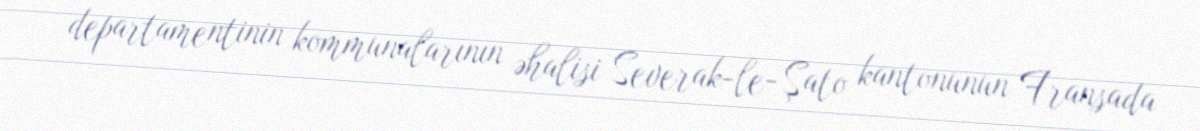
departamentinin kommunalarının əhalisi Severak-le-Şato kantonunun Fransada